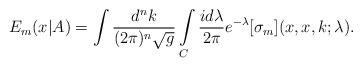
LaTeX: \begin{align*}E_m(x|A)= \int \frac{d^nk}{(2\pi)^n\sqrt{g}} \int \limits_C \frac{id\lambda}{2\pi}e^{-\lambda} [\sigma_m](x,x,k;\lambda).\end{align*}